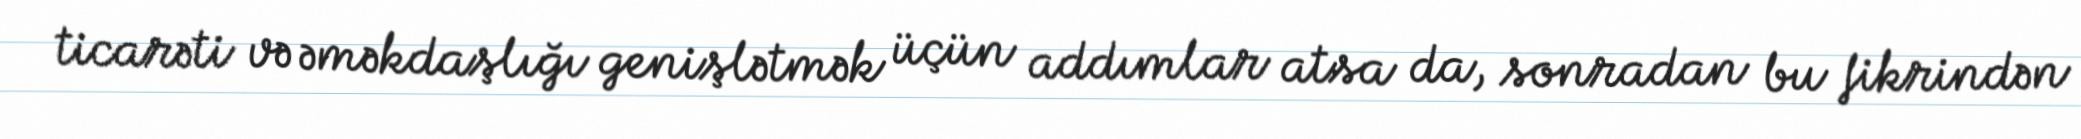
ticarəti və əməkdaşlığı genişlətmək üçün addımlar atsa da, sonradan bu fikrindən